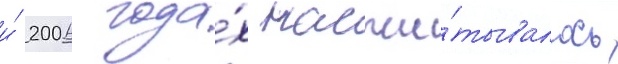
и́ 2006 года́х насчи́тывалось